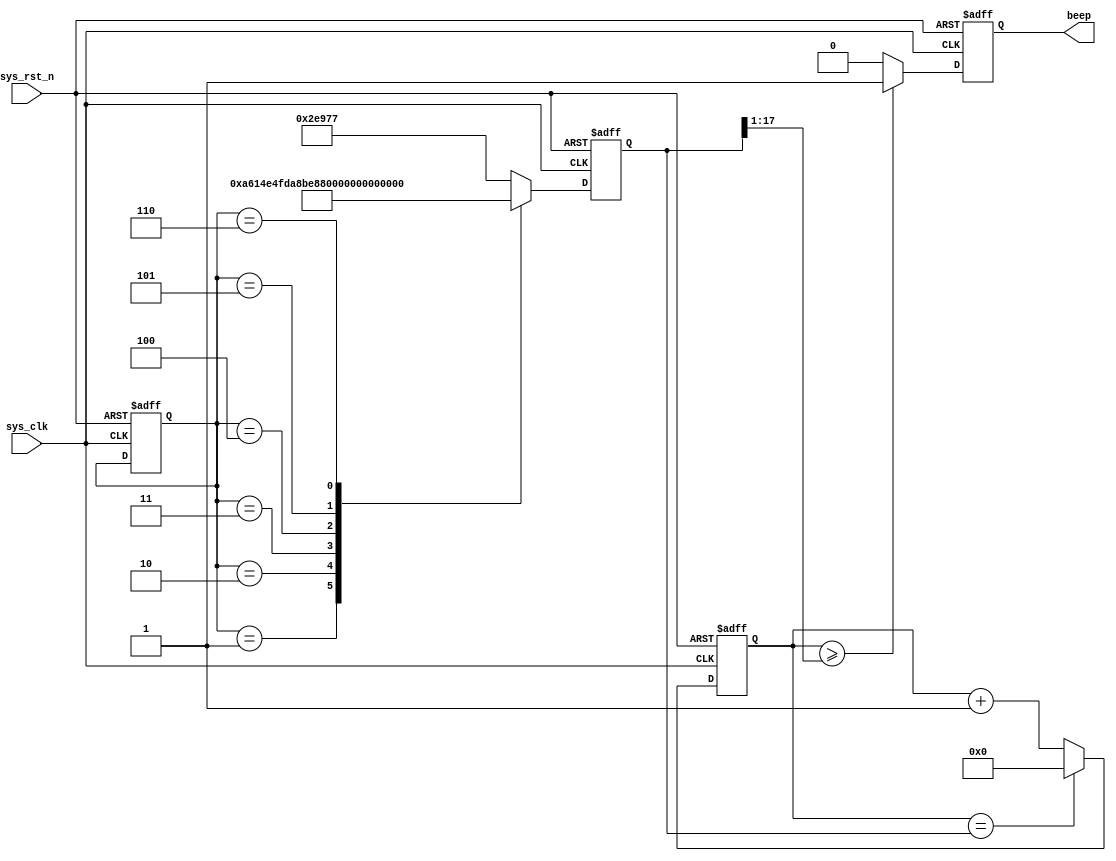
module  beep
#(
   parameter  CNT_MAX=25'd24999999,
   parameter    DO   =18'd190839,
   parameter    RE   =18'd170067,
   parameter    MI   =18'd151514,
   parameter    FA   =18'd143265,
   parameter    SO   =18'd127550,
   parameter    LA   =18'd113635,
   parameter    SI   =18'd101213
)
(
  input   wire   sys_clk      ,
  input   wire   sys_rst_n    ,
  
  output  reg    beep         
);
reg  [19:0]  cnt;
reg  [2:0]   cnt_500ms;
reg  [17:0]  Freq_cnt;
reg  [17:0]  Freq_data;
wire  [16:0]  Duty_data;


//0.5?
always@(posedge sys_clk  or  negedge sys_rst_n)
if(!sys_rst_n)
   cnt<=20'd0;
else if(cnt==CNT_MAX)
   cnt<=20'd0;
else
   cnt<=cnt+1;
//?0.5?77?0.5s?
always@(posedge sys_clk  or  negedge sys_rst_n)
if(!sys_rst_n)
   cnt_500ms<=3'd0;
else if(cnt_500ms==3'd6 && cnt==CNT_MAX)
   cnt_500ms<=3'd0;
else if(cnt==CNT_MAX)
   cnt_500ms<=cnt_500ms+1;
else
   cnt_500ms<=cnt_500ms;
//262HZ?190840?
//?262HZFreq_data?
always@(posedge sys_clk  or  negedge sys_rst_n)
if(!sys_rst_n)
   Freq_cnt<=18'd0;
   //?262HZFreq_data=190840
   //?0.5s
else if(Freq_cnt==Freq_data || cnt==CNT_MAX)
   Freq_cnt<=18'd0;
else
   Freq_cnt<=Freq_cnt+1;
// Freq_data
//do262HZ?190840?
//re262HZ?170068?
always@(posedge sys_clk  or  negedge sys_rst_n)
if(!sys_rst_n)
   Freq_data<=DO;
else  case(cnt_500ms)
        3'd0:Freq_data<=DO;
		3'd1:Freq_data<=RE;
		3'd2:Freq_data<=MI;
		3'd3:Freq_data<=FA;
		3'd4:Freq_data<=SO;
		3'd5:Freq_data<=LA;
		3'd6:Freq_data<=SI;
	 default:Freq_data<=DO;
      endcase
//50%?Duty_dataFreq_data?
//??1?2
assign  Duty_data=Freq_data>>1;
//beep??1?
always@(posedge sys_clk  or  negedge sys_rst_n)
if(!sys_rst_n)
   beep<=1'b0;
else if(Freq_cnt>=Duty_data)
   beep<=1'b1;
else
   beep<=1'b0;
endmodule